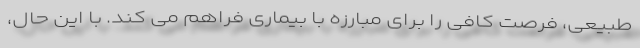
طبیعی، فرصت کافی را برای مبارزه با بیماری فراهم می کند. با این حال،